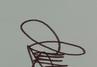
Signature authenticity: genuine